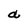
Character: a